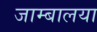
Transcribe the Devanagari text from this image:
जाम्बालया